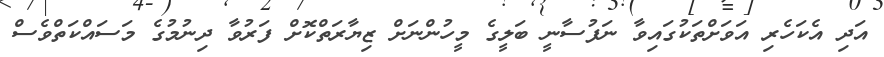
އަދި އެކަހެރި އަވަށްތަކުގައިވާ ނަފުސާނީ ބަލީގެ މީހުންނަށް ޒިޔާރަތްކޮށް ފަރުވާ ދިނުމުގެ މަސައްކަތްވެސް